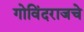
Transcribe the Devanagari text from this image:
गोविंदराजचे